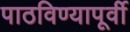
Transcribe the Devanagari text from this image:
पाठविण्यापूर्वी